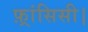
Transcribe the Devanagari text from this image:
फ़्रांसिसी।